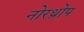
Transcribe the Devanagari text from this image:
नोरथ्रोप